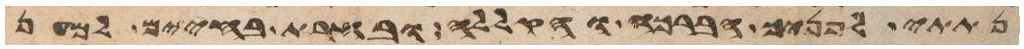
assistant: נתתי לפניך הברכה והקללה ובחרת בחיים למען